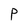
Character: P